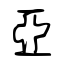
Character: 亞